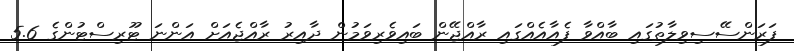
ފަރަންސޭސިވިލާތުގައި ބާއްވާ ފެއާއެއްގައި ރާއްޖޭން ބައިވެރިވަމުން ދާއިރު ރާއްޖެއަށް އަންނަ ޓޫރިސްޓުންގެ 5.6